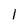
Character: 1